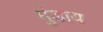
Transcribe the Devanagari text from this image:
मुंडाय